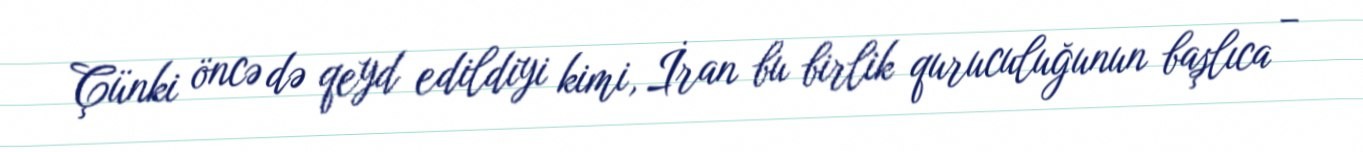
Çünki öncə də qeyd edildiyi kimi, İran bu birlik quruculuğunun başlıca –